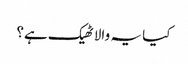
کیا یہ والا ٹھیک ہے؟